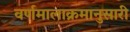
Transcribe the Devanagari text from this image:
वर्णमालाक्रमानुसारी